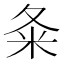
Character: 夈